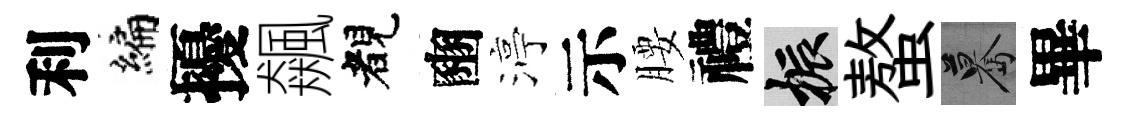
利编擾飆睹豳渟示腰禮振螯驀畢